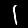
Digit: 1